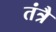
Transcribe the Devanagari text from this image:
तंत्रै